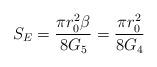
LaTeX: \begin{align*}S_{E} = \frac{\pi r_{0}^{2} \beta}{8 G_{5}} = \frac{\pi r_{0}^{2}}{8 G_{4}}\end{align*}